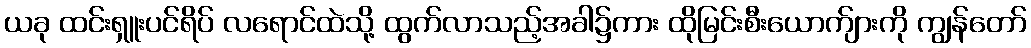
ယခု ထင်းရှူးပင်ရိပ် လရောင်ထဲသို့ ထွက်လာသည့်အခါ၌ကား ထိုမြင်းစီးယောက်ျားကို ကျွန်တော်